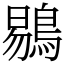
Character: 鶍